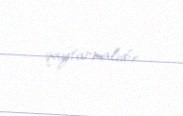
qaytarmalıdır.